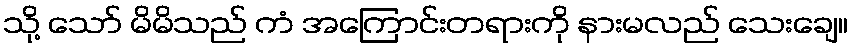
သို့ သော် မိမိသည် ကံ အကြောင်းတရားကို နားမလည် သေးချေ။